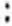
: